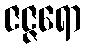
ဇဇ္ဇရော